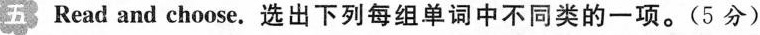
五 Read and choose.选出下列每组单词中不同类的一项。（5分）